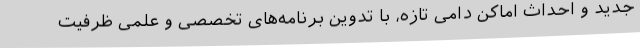
جدید و احداث اماکن دامی تازه، با تدوین برنامه‌های تخصصی و علمی ظرفیت